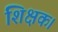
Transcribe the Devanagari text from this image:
शिक्षक।